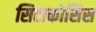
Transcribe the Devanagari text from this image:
सिटाकोसिस